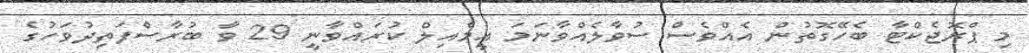
މި ޕްރޮޖެކްޓާ ބެހޭގޮތުން އެއްވެސް ސުވާލެއްވާނަމަ އީމެއިލް ކުރައްވާނީ 29 ވާ ބުރާސްފަތިދުވަހުގެ